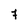
Character: 7